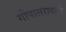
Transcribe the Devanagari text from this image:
गोपालरावांनी